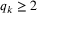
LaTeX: q _ { k } \geq 2